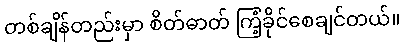
တစ်ချိန်တည်းမှာ စိတ်ဓာတ် ကြံ့ခိုင်စေချင်တယ်။